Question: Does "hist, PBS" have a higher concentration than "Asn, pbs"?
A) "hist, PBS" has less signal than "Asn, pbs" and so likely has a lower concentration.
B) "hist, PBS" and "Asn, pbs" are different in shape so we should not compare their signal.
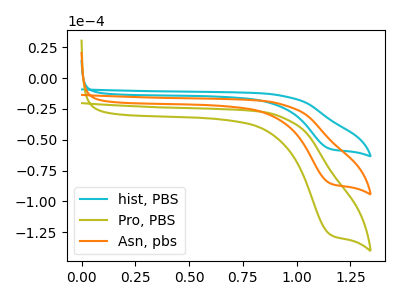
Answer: <think>The cyan curve "hist, PBS" has a cathodic peak at: (1.15V, -57.40uA). The olive curve "Pro, PBS" has a cathodic peak at: (1.15V, -170.55uA). The orange curve "Asn, pbs" has a cathodic peak at: (1.15V, -85.25uA).
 All the peaks in "hist, PBS" have a peak in "Asn, pbs" at the same potential. Every peak in "hist, PBS" is lower than every peak in "Asn, pbs".</think>
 <answer>A) "hist, PBS" has less signal than "Asn, pbs" and so likely has a lower concentration.</answer>
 <eval>A</eval>